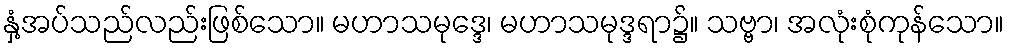
နှံ့အပ်သည်လည်းဖြစ်သော။ မဟာသမုဒ္ဒေ၊ မဟာသမုဒ္ဒရာ၌။ သဗ္ဗာ၊ အလုံးစုံကုန်သော။